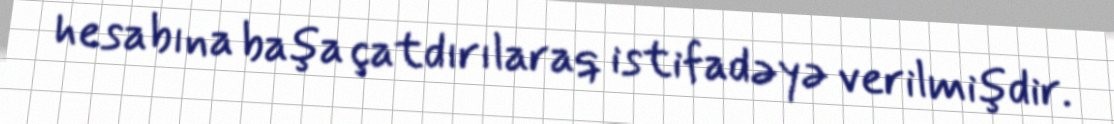
hesabına başa çatdırılaraq istifadəyə verilmişdir.